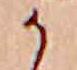
か